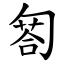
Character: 匒